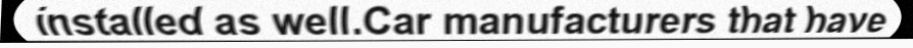
installed as well.Car manufacturers that have